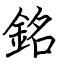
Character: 銘